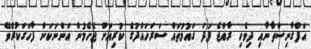
އަފްގާނިސްތާނާއި ދިވެހި ރާއްޖެ ފަދަ ގައުމުތައް ސަރަހައްދުގެ ކުރިއަށް ޖެހެމުން އަންނަކަން ފާހަގަކުރެވޭ